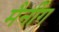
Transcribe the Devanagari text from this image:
मैनींग